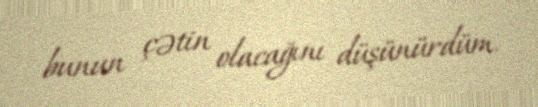
bunun çətin olacağını düşünürdüm.